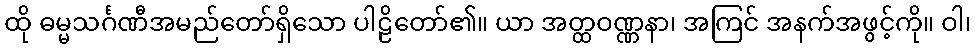
ထို ဓမ္မသင်္ဂဏီအမည်တော်ရှိသော ပါဠိတော်၏။ ယာ အတ္ထဝဏ္ဏနာ၊ အကြင် အနက်အဖွင့်ကို။ ဝါ၊